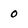
Character: 0